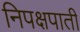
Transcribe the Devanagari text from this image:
निपक्षपाती